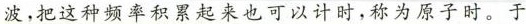
波，把这种频率积累起来也可以计时，称为原子时。于